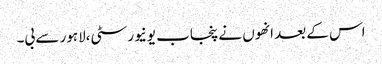
اس کے بعد انھوں نے پنجاب یونیورسٹی،لاہور سے بی۔